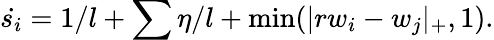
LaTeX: \dot{s_{i}}=1/l+\sum\eta/l+\operatorname*{min}(|rw_{i}-w_{j}|_{+},1).